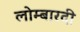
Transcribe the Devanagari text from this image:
लोम्बारदी